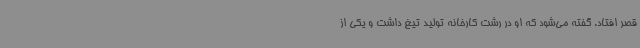
قصر افتاد. گفته می‌شود که او در رشت کارخانه تولید تیغ داشت و یکی از